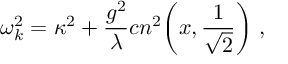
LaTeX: \omega _ { k } ^ { 2 } = \kappa ^ { 2 } + { \frac { g ^ { 2 } } { \lambda } } c n ^ { 2 } \biggl ( x , { \frac { 1 } { \sqrt { 2 } } } \biggr ) \ ,